Leaving Certificate, 1897
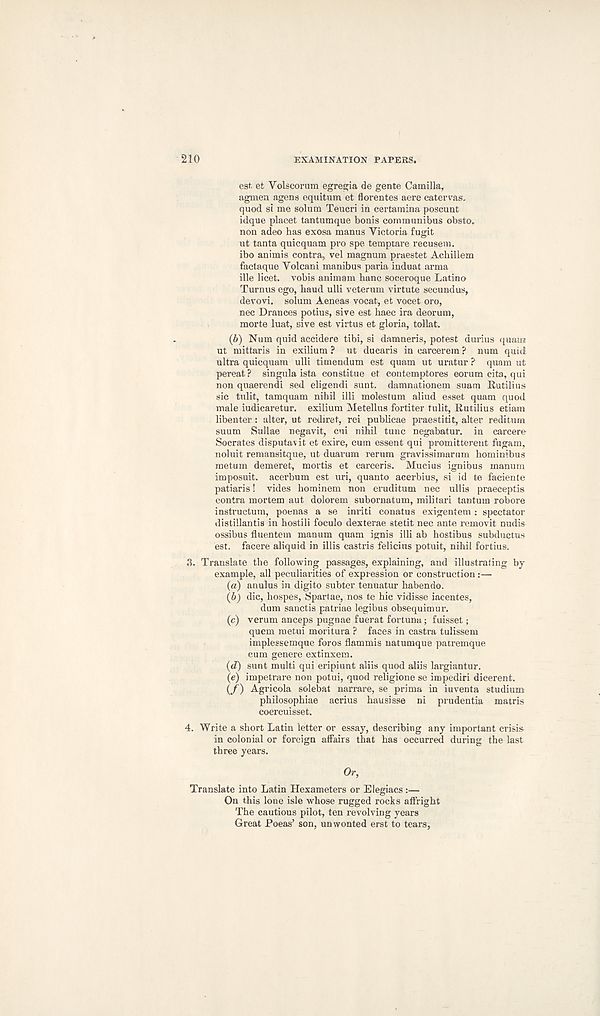
210
EXAMINATION PAPERS.
est. et Volscorum egre^ia de gente Camilla,
agmen agens equitum et florentes aere catervas.
quod si me solum Teucri in certamina poscunt
idque placet tantumque bonis communibus obsto,
non adeo has exosa manus Victoria fugit
ut tanta quicquam pro spe temptare recusem.
ibo animis contra,, vel magnum praestet Achillem
factaque Volcani manibus paria induat arma
ille licet, vobis animam banc soceroque Latino
Turnus ego, baud ulli veterum virtute secundus,
devovi. solum Aeneas vocat, et vocet oro,
nec Drances potius, sive est haec ira deorum,
morte luat, sive est virtus et gloria, tollat.
(6) Num quid accidere tibi, si damneris, potest durius quam
ut mittaris in exilium ? ut ducaris in carcerem ? num quid
ultra quicquam ulli timendum est quam ut uratur ? quam ut
pereat? singula ista constitue et contemptores eorum cita, qui
non quaerendi sed eligendi sunt, damnationem suam Rutilius
sic tulit, tamquam nihil illi molestum aliud esset quam quod
male iudicaretur. exilium Metellus fortiter tulit, Rutilius etiam
libenter: alter, ut rediret, rei publicae praestitit, alter reditum
suum Sullae negavit, cui nihil tunc negabatur. in career©
Socrates disputavit et exire, cum essent qui promitterent fugam,
noluit remansitque, ut duarum rerum gravissimarum hominibus
metum demeret, mortis et careen's. Mucius ignibus manum
imposuit. acerbum est uri, quanto acerbius, si id te faciente
patiaris! vides hominem non eruditum nec ullis praeceptis
contra mortem aut dolorem subornatum, militari tantum robore
instructum, poenas a se inriti conatus exigentem : spectator
distillantis in hostili foculo dexterae stetit nec ante removit nudis
ossibus fluentem manum quam ignis illi ab hostibus subductus
est. facere aliquid in illis castris felicius potuit, nihil fortius.
3. Translate the following passages, explaining, and illustrating by-
example, all peculiarities of expression or construction:—
(а) anulus in digito subter tenuatur babendo.
(б) die, hospes, Spartae, nos te hie vidisse iacentes,
dum sanctis patriae legibus obsequimur.
(c) verum anceps pugnae fuerat fortuna; fuisset;
quern metui moritura ? faces in castra tulissem
implessemque foros flammis natumque patremque
cum genere extinxem.
(d) sunt multi qui eripiunt aliis quod aliis largiantur.
(e) impetrare non potui, quod religione se impediri dicerent.
(/) Agricola solebat narrare, se prima in iuventa studium
philosophiae acrius hausisse ni prudentia matris
coercuisset.
4. Write a short Latin letter or essay, describing any important crisis
in colonial or foreign affairs that has occurred during the last
three years.
Or,
Translate into Latin Hexameters or Elegiacs :—
On this lone isle whose rugged rocks affright
The cautious pilot, ten revolving years
Great Poeas’ son, unwonted erst to tears,